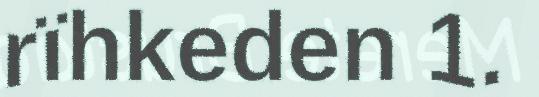
rïhkeden 1.